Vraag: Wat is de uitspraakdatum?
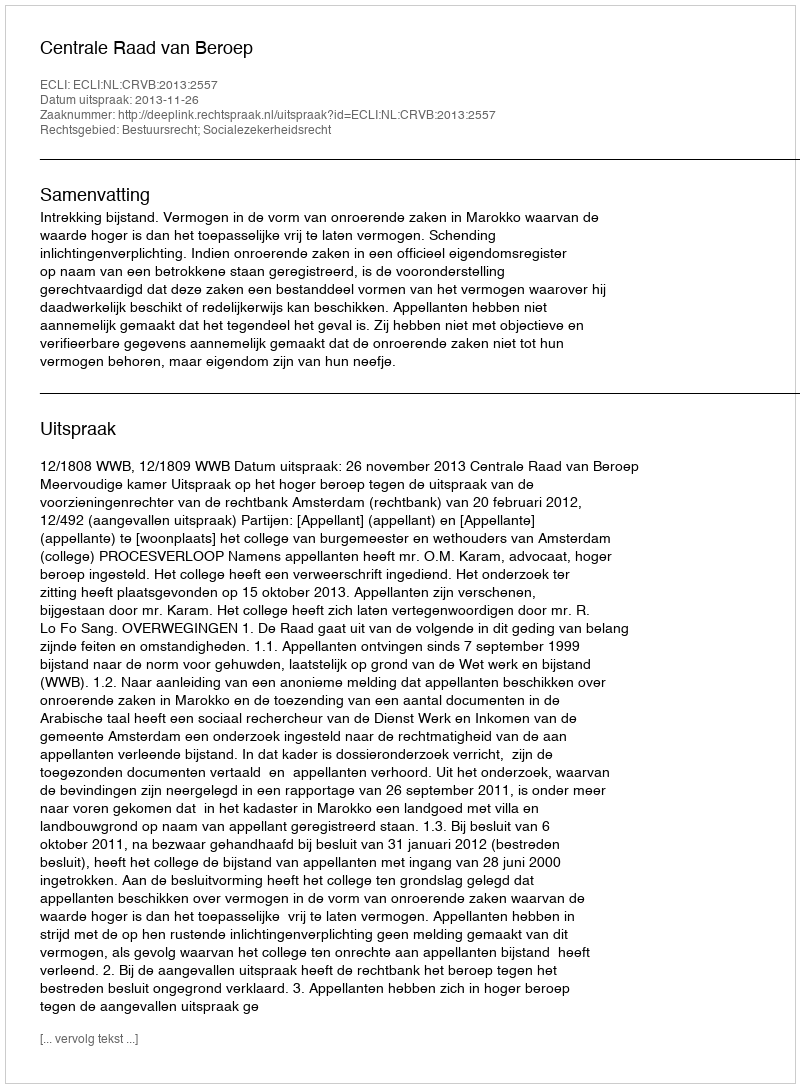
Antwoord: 2013-11-26